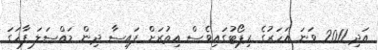
އަދި 2011 ވަނަ އަހަރުގެ ރިޕޯޓުގައިވެސް އިތުރަށް ފައިސާ ދިން މައްސަލަ ފާހަގަ